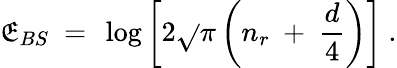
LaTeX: \mathfrak{E}_{BS}\ =\ \log\left[2\sqrt{}{{\pi}}\left(n_{r}\ +\ \frac{{d}}{{4}}\right)\right]\ .